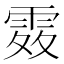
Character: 𩂫